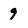
Character: 9